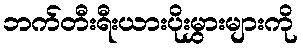
ဘက်တီးရီးယားပိုးမွှားများကို